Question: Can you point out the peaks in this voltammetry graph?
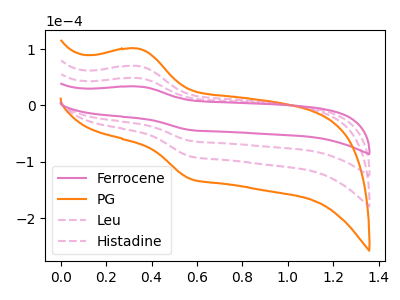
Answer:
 <answer>The pink curve "Ferrocene" has an anodic peak at (0.35V, 33.80uA) and a cathodic peak at (0.55V, -43.65uA). The orange curve "PG" has an anodic peak at (0.35V, 146.00uA) and a cathodic peak at (0.55V, -188.55uA). The pink dashed curve "Leu" has an anodic peak at (0.35V, 48.65uA) and a cathodic peak at (0.55V, -62.85uA). The pink dashed curve "Histadine" has an anodic peak at (0.35V, 97.35uA) and a cathodic peak at (0.55V, -125.70uA).</answer>
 <eval></eval>